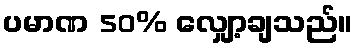
ပမာဏ 50% လျှော့ချသည်။